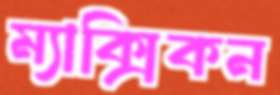
ম্যাক্সিকন